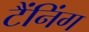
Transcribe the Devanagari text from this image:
टैंनिंग